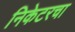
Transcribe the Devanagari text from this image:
निकेटरचा